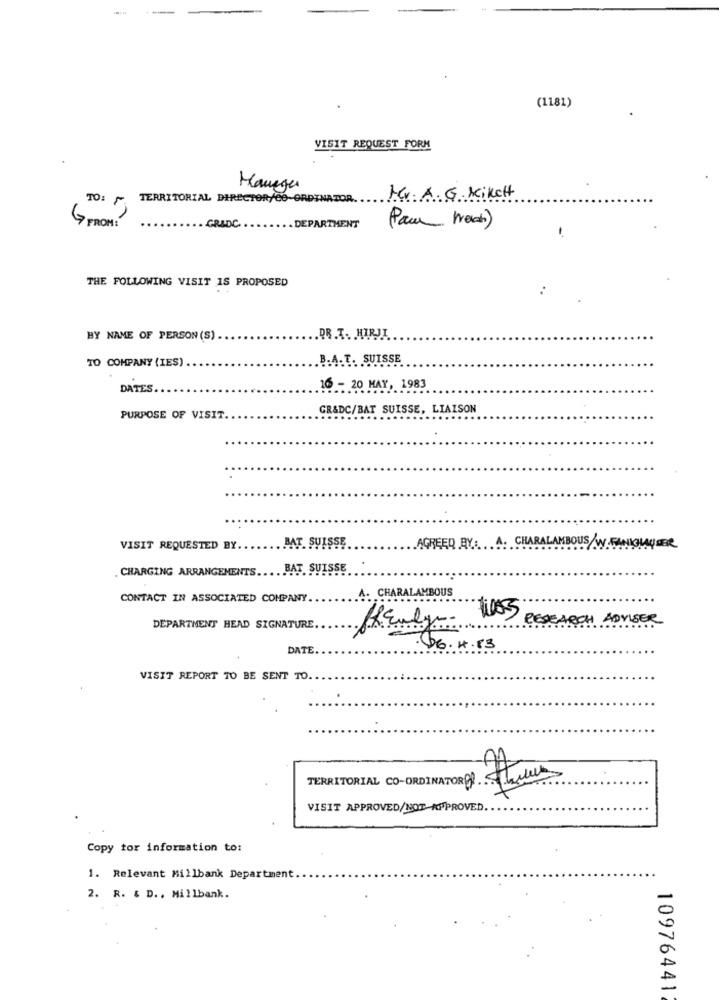
(1181)
VISIT REQUEST FORM
Haneger
TO: ~ TERRITORIAL DIRECTOR/CO-ORDINATOR.
Mr. A. G. MikCH
( FROM!)
-GRIDC.
. DEPARTMENT
Pau Werch)
THE FOLLOWING VISIT IS PROPOSED
BY NAME OF PERSON (S) .
.PR.T. HIRJI
B.A.T. SUISSE
TO COMPANY (IES)
DATES
16 - 20 MAY, 1983
GR&DC/BAT SUISSE, LIAISON
PURPOSE OF VISIT.
BAT SUISSE
VISIT REQUESTED BY.
AGREED BY. A. CHARALAMBOUS/W.FANI
. CHARGING ARRANGEMENTS.
BAT SUISSE
CONTACT IN ASSOCIATED COMPANY.
A. CHARALAMBOUS
RESEARCH ADVISER
DEPARTMENT HEAD SIGNATURE.
DATE
66. 4.13
VISIT REPORT TO BE SENT TO.
TERRITORIAL CO-ORDINATOR As The
VISIT APPROVED/ HOT-APPROVED ...
Copy tor information to:
1. Relevant Millbank Department.
2. R. & D ., Millbank.
10976441